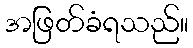
အဖြတ်ခံရသည်။